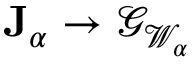
{ \mathbf J } _ { \alpha } \to { \mathcal G } _ { \mathcal W _ { \alpha } }